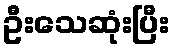
ဦးသေဆုံးပြီး